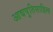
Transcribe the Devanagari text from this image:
आद्यषुतिसाहित्य